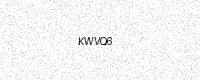
Text: KWVQ6